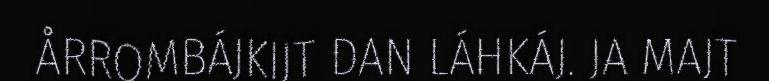
ÅRROMBÁJKIJT DAN LÁHKÁJ. JA MAJT